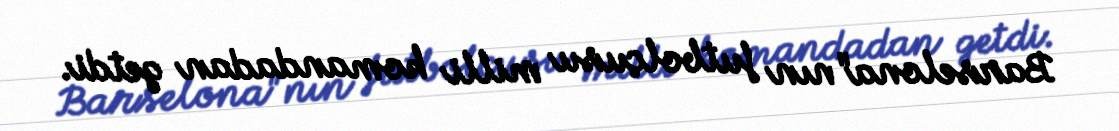
Barselona"nın futbolçusu milli komandadan getdi.